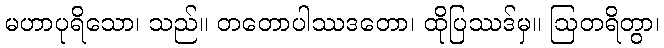
မဟာပုရိသော၊ သည်။ တတောပါဿဒတော၊ ထိုပြဿဒ်မှ။ ဩတရိတွာ၊